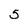
Character: 5